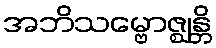
အဘိသမ္ဗောဇ္ဈန္တိ